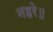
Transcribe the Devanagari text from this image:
नहरे॥